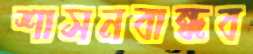
শাসনবান্ধব